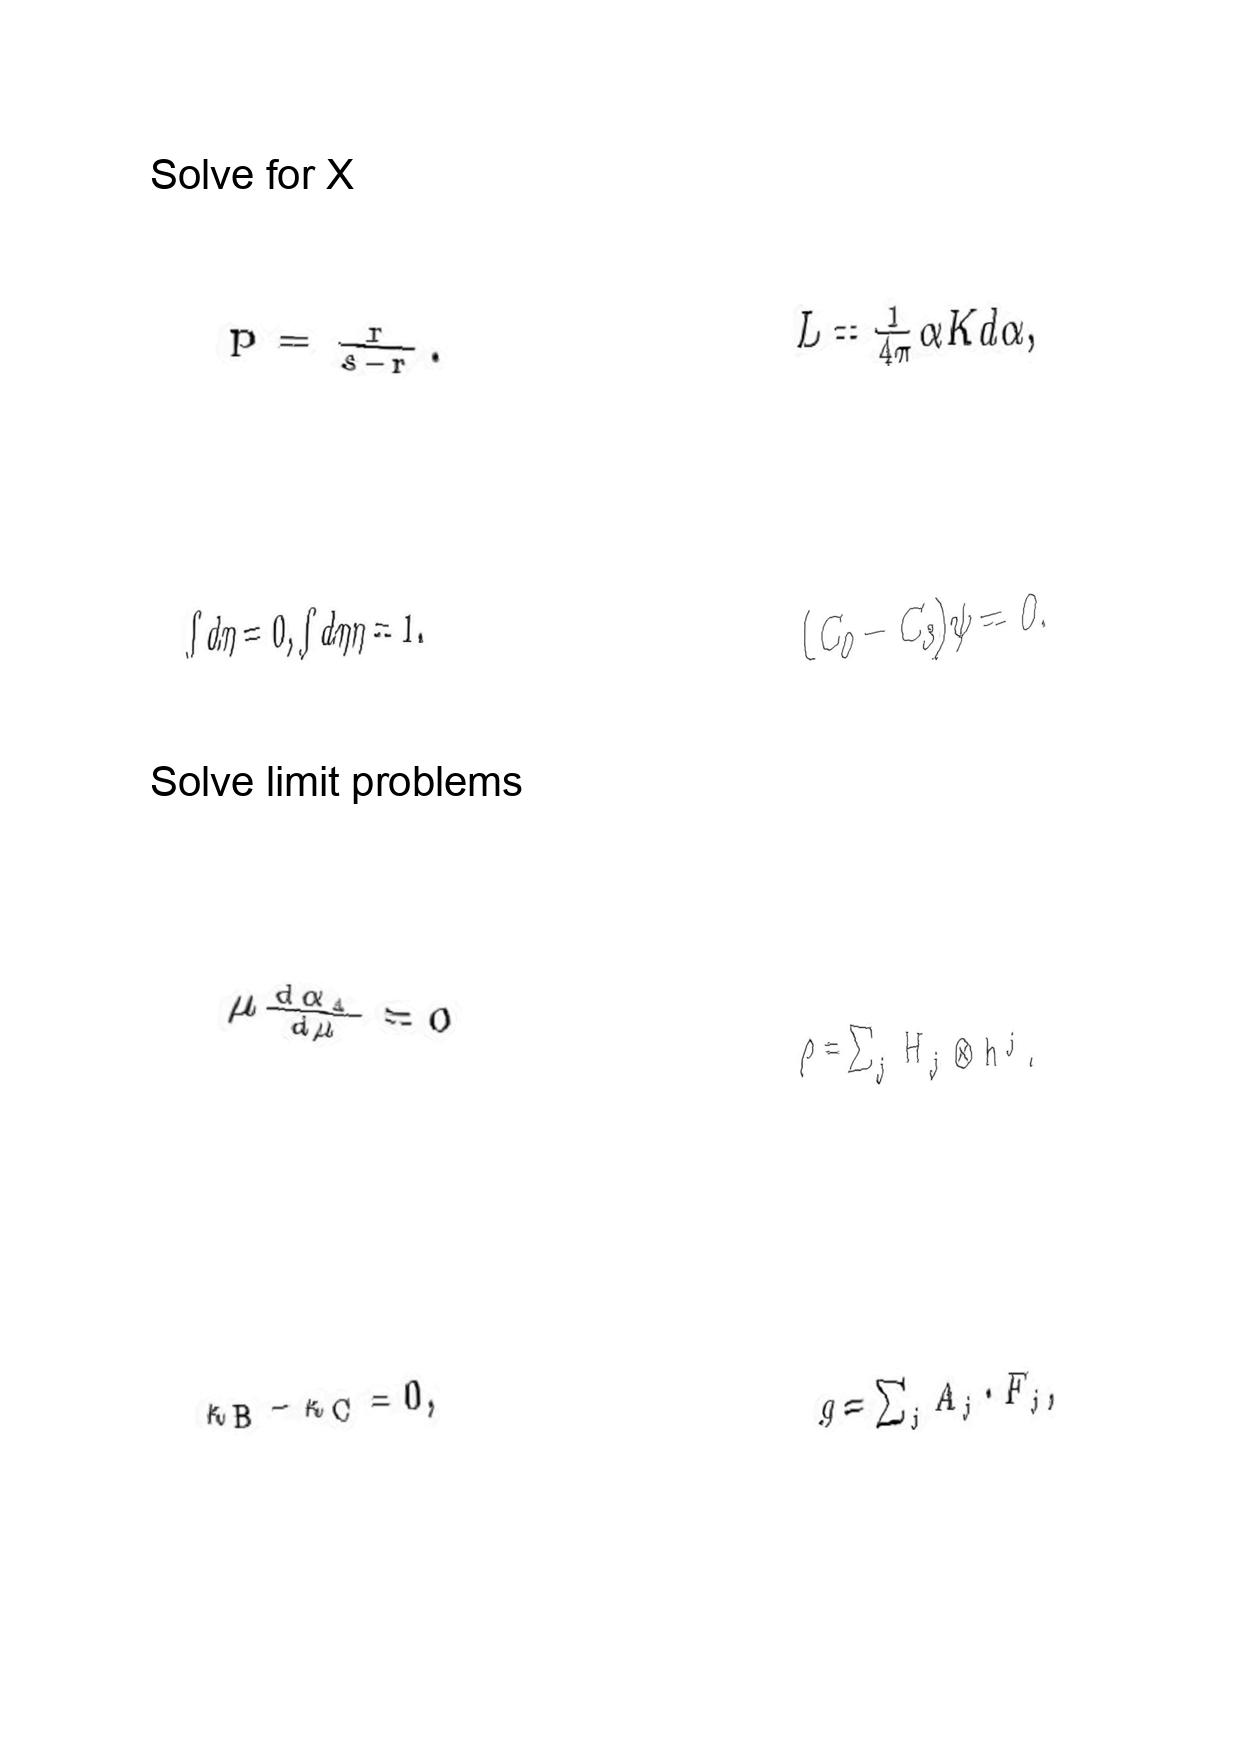
LaTeX transcription:
p = \frac { r } { s - r } .
\int d \eta = 0 , \int d \eta \eta = 1 .
\mu \frac { d \alpha _ { 1 } } { d \mu } = 0
\kappa _ { B } - \kappa _ { C } = 0 ,
L = \frac { 1 } { 4 \pi } \alpha K d \alpha ,
\lparen C _ { 0 } - C _ { 3 } \rparen \psi = 0 .
\rho = \sum _ { j } H _ { j } \otimes h ^ { j } .
g = \sum _ { j } A _ { j } \cdot F _ { j } ,